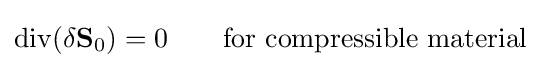
{\rm {div}}(\delta {\bf {S}}_{0})=0\qquad {\hbox{for compressible material}}